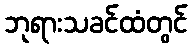
ဘုရားသခင်ထံတွင်